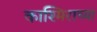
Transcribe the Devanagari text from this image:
काश्मिराच्या